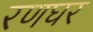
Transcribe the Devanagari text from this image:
रणघर